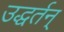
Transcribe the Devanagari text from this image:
उद्धर्तन्